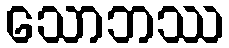
သောဘဿ